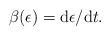
LaTeX: \begin{align*}\beta(\epsilon)=\mbox{d}\epsilon/\mbox{d}t.\end{align*}